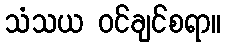
သံသယ ဝင်ချင်စရာ။